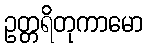
ဥတ္တရိတုကာမော